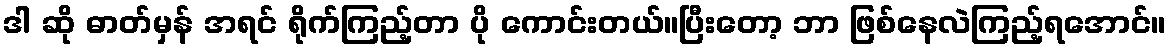
ဒါ ဆို ဓာတ်မှန် အရင် ရိုက်ကြည့်တာ ပို ကောင်းတယ်။ပြီးတော့ ဘာ ဖြစ်နေလဲကြည့်ရအောင်။